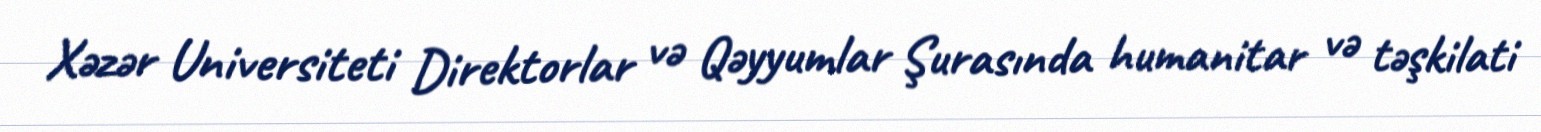
Xəzər Universiteti Direktorlar və Qəyyumlar Şurasında humanitar və təşkilati